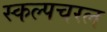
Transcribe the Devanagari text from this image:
स्‍कल्‍पचरल